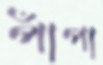
পাঁপা